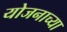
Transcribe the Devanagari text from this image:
योजनाच्या